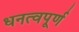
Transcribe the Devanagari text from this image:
धनत्वपूर्ण